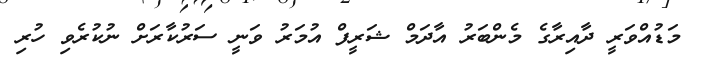
މަޑުއްވަރީ ދާއިރާގެ މެންބަރު އާދަމް ޝަރީފް އުމަރު ވަނީ ސަރުކާރަށް ނުކުރެވި ހުރި